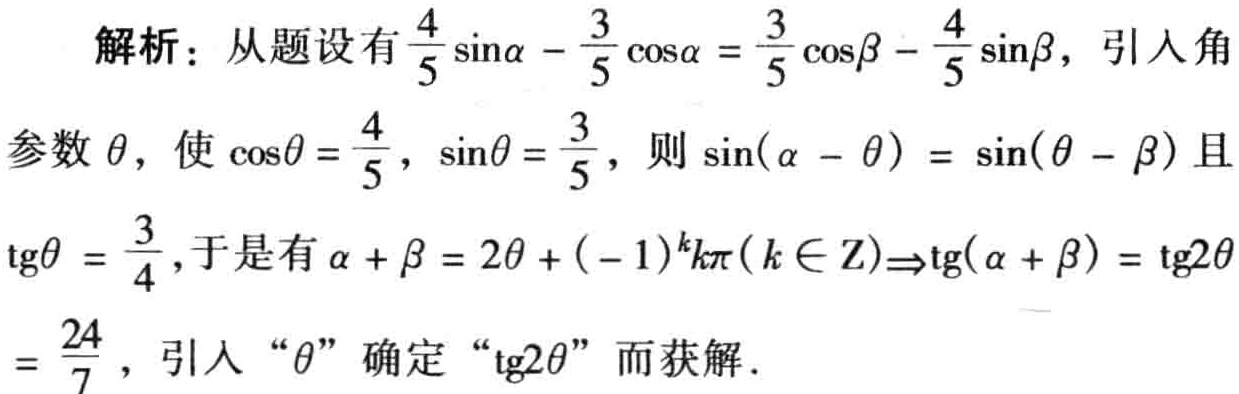
解析：从题设有\(\frac{4}{5}\sin\alpha - \frac{3}{5}\cos\alpha = \frac{3}{5}\cos\beta - \frac{4}{5}\sin\beta\)，引入角
参数\(\theta\)，使\(\cos\theta = \frac{4}{5}\)，\(\sin\theta = \frac{3}{5}\)，则\(\sin(\alpha - \theta) = \sin(\theta - \beta)\)且
\(\text{tg}\theta = \frac{3}{4}\)，于是有\(\alpha + \beta = 2\theta + (-1)^{k}k\pi(k\in \mathrm{Z})\Rightarrow\text{tg}(\alpha + \beta) = \text{tg}2\theta\)
\(= \frac{24}{7}\)，引入“\(\theta\)”确定“\(\text{tg}2\theta\)”而获解．